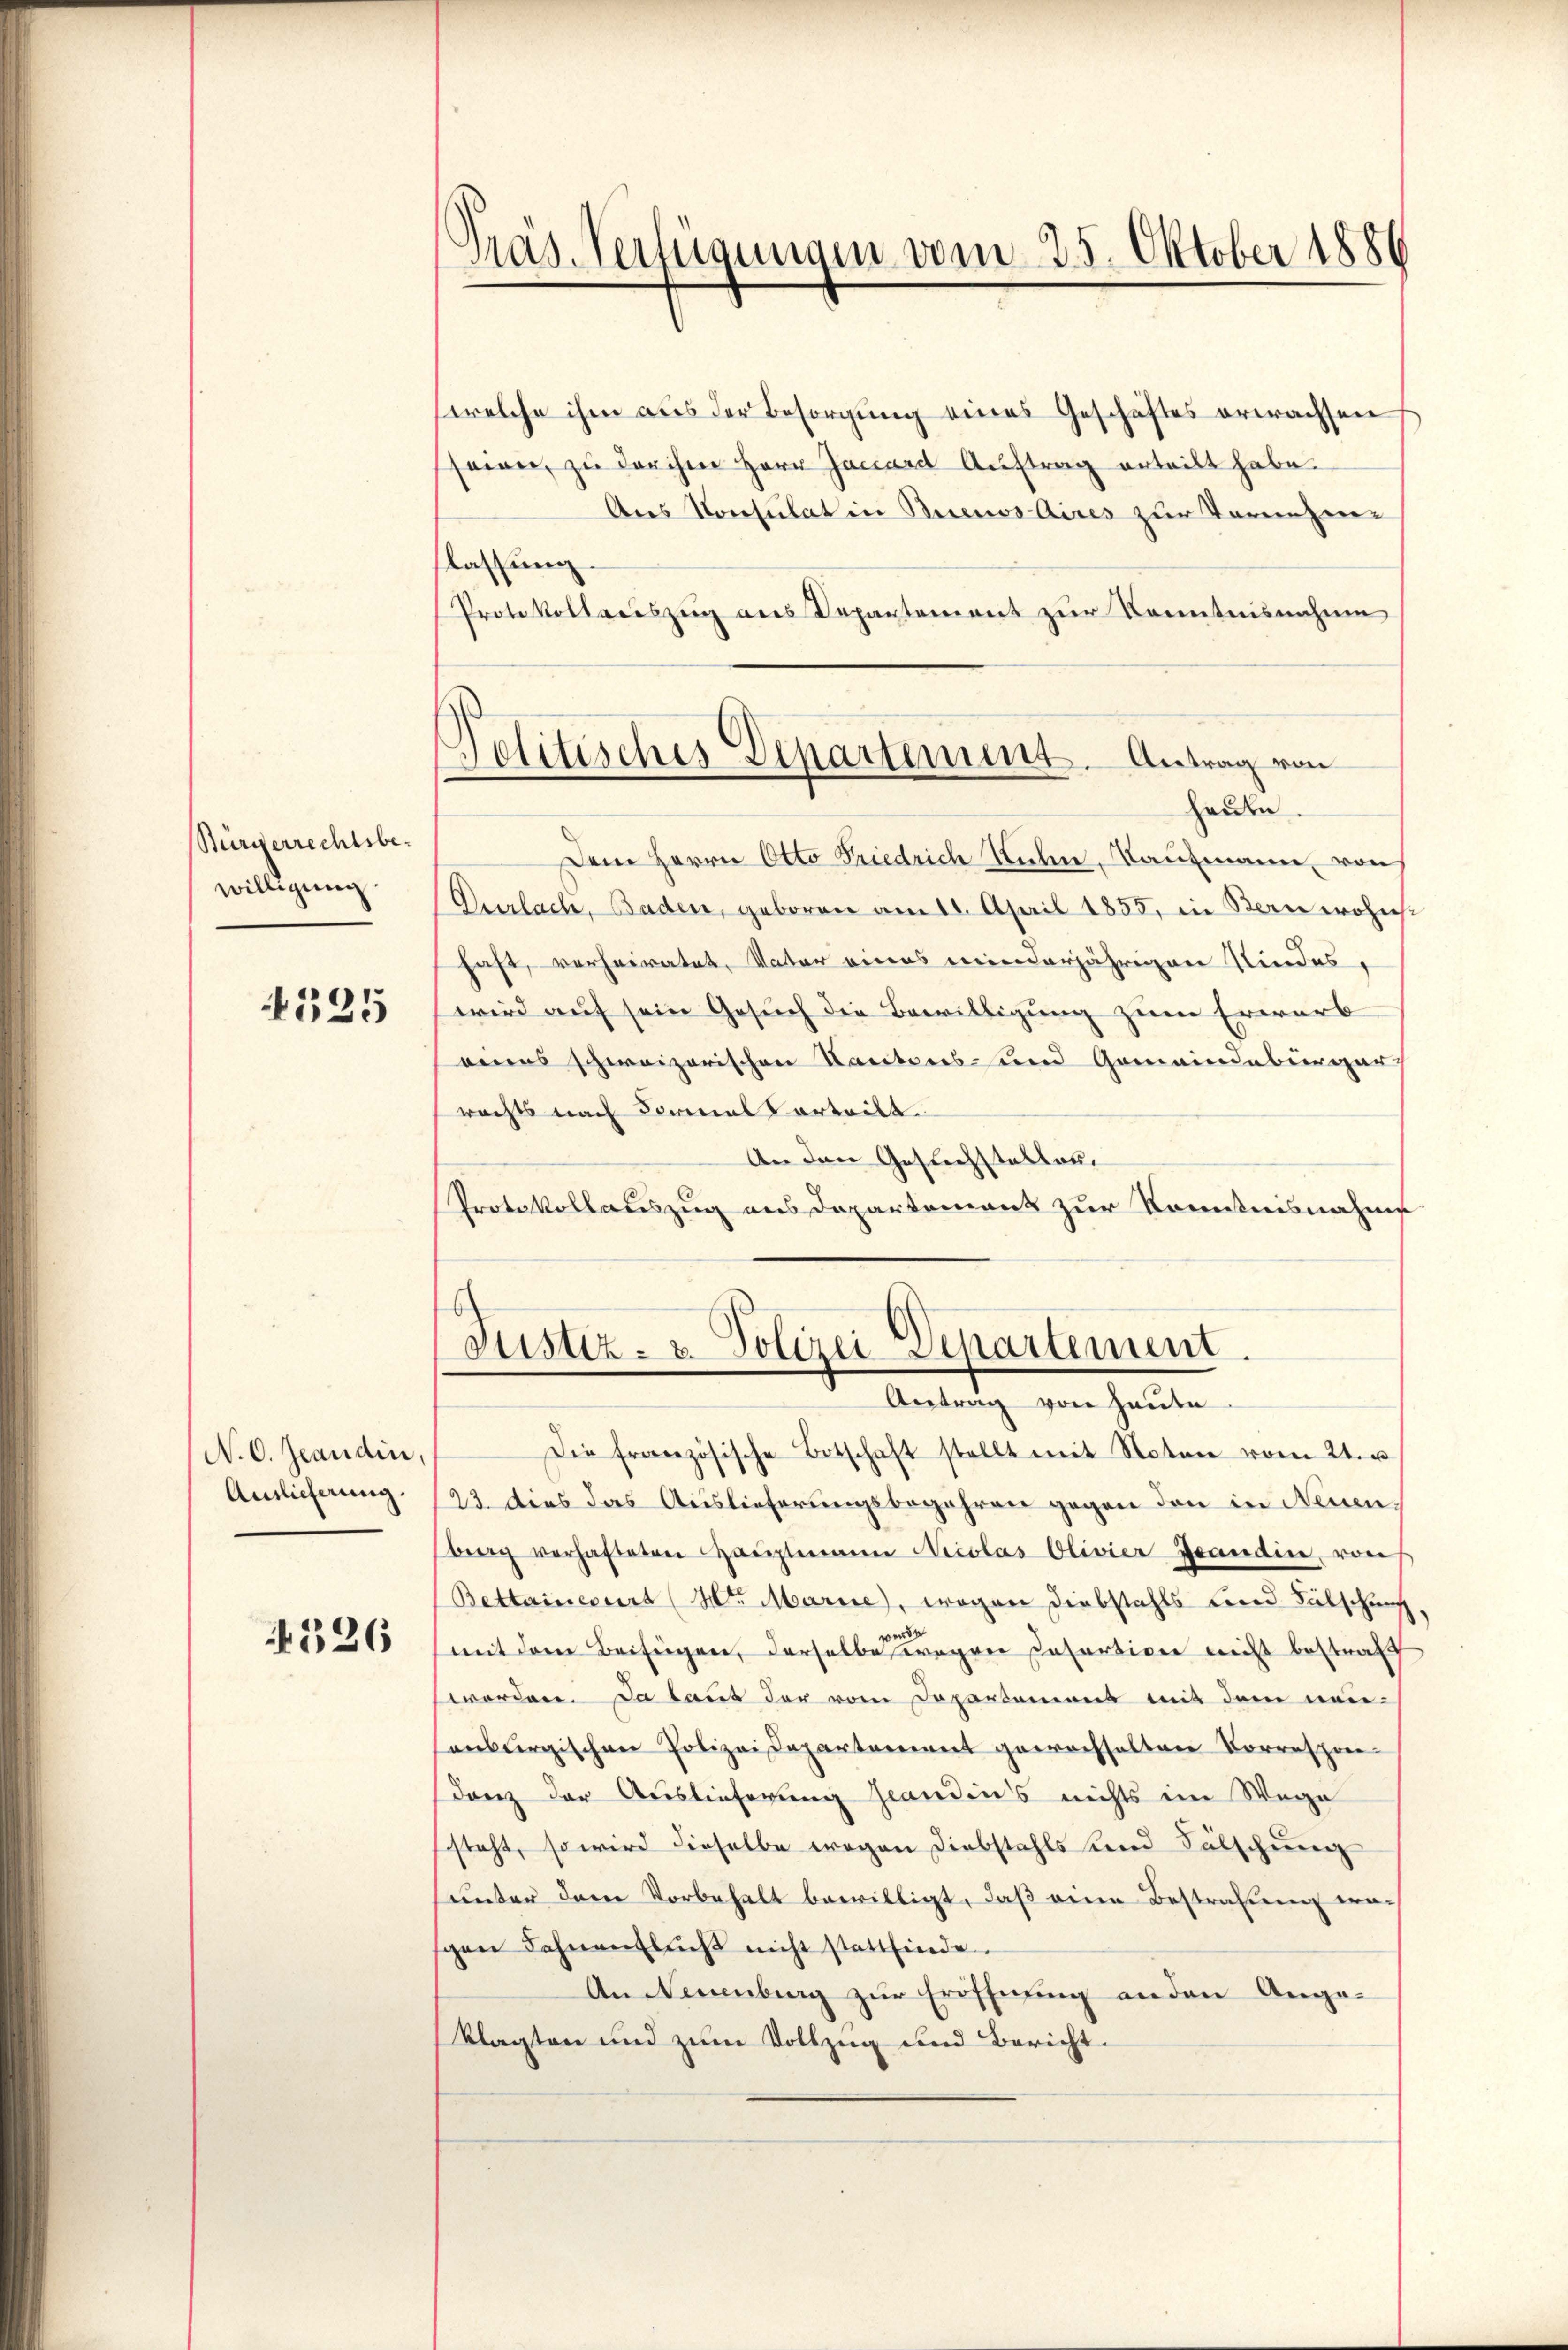
Sürgerrechtsbewilligung

325

N. O. Jeandin,
Anlicherung.

4526

Präs. Verfügungen vom 25. Oktober 1886

welche ihm aus der Besorgung eines Geschäftes erwachsen
seien, zu darchen Herr Jacard Auftrag erteilt habe.
Aus Konsulat in Buenos Aires zur Vornehen
flassung.
Protokollauszug aus Departement zur Kenntnisnahme

Politisches Departement. Antrag von
herden

Dem Herrn Otto Friedrich Stuhn, Kaufmann, von
Purlach, Baden, geboren am 10. April 1855, in Bern wohnehi
haft, verheiratet, Vater eines minderjährigen Kindes,
wird auf sein Gesuch die Bewilligung zum Erwarb
eines schweizerischen Kantons- und Gemeindebürger
rachts nach Formal erteilt.
An den Gesuchstellung
Protokollauszug aus Departement zur Kenntnisnahme

Justiz- u. Polizei Departement.
Antrag von Haute

Die französische Botschaft stellt mit Noten vom 24. u.
23 dies das Auslieferungsbegehren gegen den in Neuenberg verhafteten Haŭptmann Nicolas Olivier Jeandin von
Bettaineurs (H. Marie, wegen Diebstahls und Fälschung
erd
mit dem Beifügen, derselbe wegen Cesartiven nicht bestraff
worden. Da laut der vom Departemens mit dem neuenburgischen Polizeidepartement gewachselten Korrespon-
danz der Auslieferung handens nichts im Wege
steht, so wird dieselbe wegen Diebstahls und Fälschung
unter dem Vorbehalt bewilligt, daß eine Bestrafung wegen Fahnenlich nicht stattfinde.
An Neuenburg zur Eröffnung an den Angeklagten und zum Vollzug und Bericht.